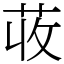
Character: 荍